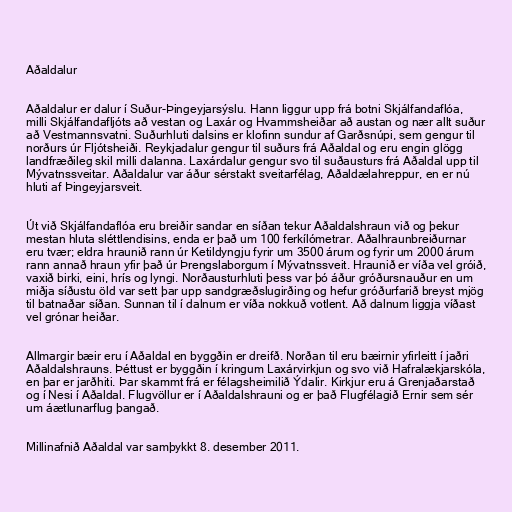
Aðaldalur

Aðaldalur er dalur í Suður-Þingeyjarsýslu. Hann liggur upp frá botni Skjálfandaflóa,
milli Skjálfandafljóts að vestan og Laxár og Hvammsheiðar að austan og nær allt suður
að Vestmannsvatni. Suðurhluti dalsins er klofinn sundur af Garðsnúpi, sem gengur til
norðurs úr Fljótsheiði. Reykjadalur gengur til suðurs frá Aðaldal og eru engin glögg
landfræðileg skil milli dalanna. Laxárdalur gengur svo til suðausturs frá Aðaldal upp til
Mývatnssveitar. Aðaldalur var áður sérstakt sveitarfélag, Aðaldælahreppur, en er nú
hluti af Þingeyjarsveit.

Út við Skjálfandaflóa eru breiðir sandar en síðan tekur Aðaldalshraun við og þekur
mestan hluta sléttlendisins, enda er það um 100 ferkílómetrar. Aðalhraunbreiðurnar
eru tvær; eldra hraunið rann úr Ketildyngju fyrir um 3500 árum og fyrir um 2000 árum
rann annað hraun yfir það úr Þrengslaborgum í Mývatnssveit. Hraunið er víða vel gróið,
vaxið birki, eini, hrís og lyngi. Norðausturhluti þess var þó áður gróðursnauður en um
miðja síðustu öld var sett þar upp sandgræðslugirðing og hefur gróðurfarið breyst mjög
til batnaðar síðan. Sunnan til í dalnum er víða nokkuð votlent. Að dalnum liggja víðast
vel grónar heiðar.

Allmargir bæir eru í Aðaldal en byggðin er dreifð. Norðan til eru bæirnir yfirleitt í jaðri
Aðaldalshrauns. Þéttust er byggðin í kringum Laxárvirkjun og svo við Hafralækjarskóla,
en þar er jarðhiti. Þar skammt frá er félagsheimilið Ýdalir. Kirkjur eru á Grenjaðarstað
og í Nesi í Aðaldal. Flugvöllur er í Aðaldalshrauni og er það Flugfélagið Ernir sem sér
um áætlunarflug þangað.

Millinafnið Aðaldal var samþykkt 8. desember 2011.